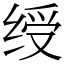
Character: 绶